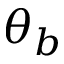
\theta _ { b }